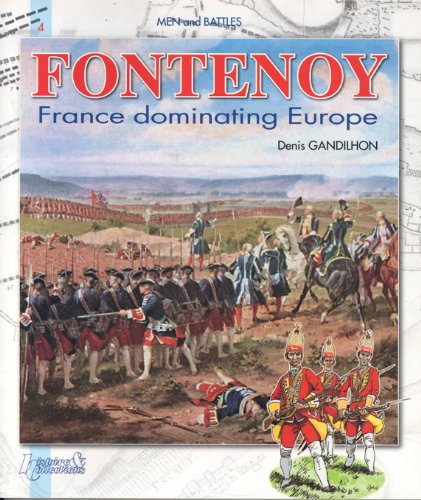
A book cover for Fontenoy: France Dominating Europe (Men and Battles) (Vol 4); Denis Gandilhon; History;